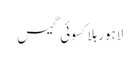
لاہورہلاکسوئی گیس